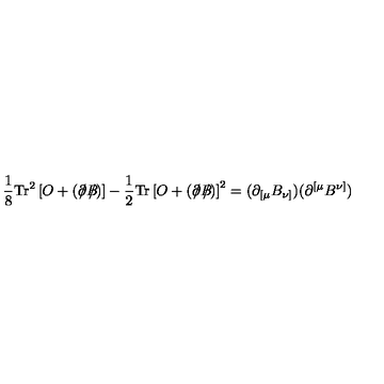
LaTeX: \frac { 1 } { 8 } \mathrm { T r } ^ { 2 } \left[ O + \left( \partial \! \! \! / B \! \! \! \! / \right) \right] - \frac { 1 } { 2 } \mathrm { T r } \left[ O + \left( \partial \! \! \! / B \! \! \! \! / \right) \right] ^ { 2 } = ( \partial _ { \lbrack \mu } B _ { \nu ] } ) ( \partial ^ { \lbrack \mu } B ^ { \nu ] } )